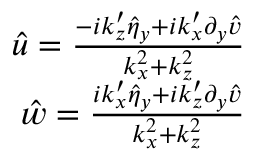
\begin{array} { r } { \hat { u } = \frac { - i k _ { z } ^ { \prime } \hat { \eta } _ { y } + i k _ { x } ^ { \prime } \partial _ { y } \hat { v } } { k _ { x } ^ { 2 } + k _ { z } ^ { 2 } } } \\ { \hat { w } = \frac { i k _ { x } ^ { \prime } \hat { \eta } _ { y } + i k _ { z } ^ { \prime } \partial _ { y } \hat { v } } { k _ { x } ^ { 2 } + k _ { z } ^ { 2 } } } \end{array}